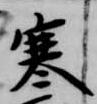
寒